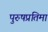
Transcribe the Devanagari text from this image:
पुरुषप्रतिमा